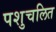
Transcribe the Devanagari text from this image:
पशुचलित